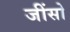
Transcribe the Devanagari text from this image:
जींसो